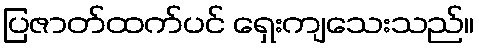
ပြဇာတ်ထက်ပင် ရှေးကျသေးသည်။